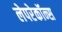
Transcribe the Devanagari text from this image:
लेपरेकॉन्स